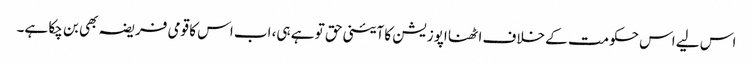
اس لیے اس حکومت کے خلاف اٹھنا اپوزیشن کا آئینی حق تو ہے ہی، اب اس کا قومی فریضہ بھی بن چکا ہے۔